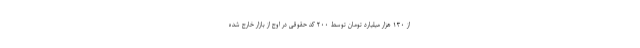
از ۱۳۰ هزار میلیارد تومان توسط ۲۰۰ کد حقوقی در اوج از بازار خارج شده